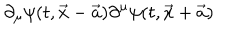
\partial _ { \mu } \psi ( t , \vec { x } - \vec { a } ) \partial ^ { \mu } \psi ( t , \vec { x } + \vec { a } )